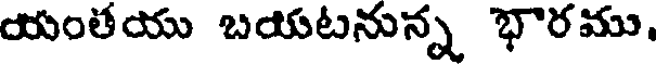
యంతయు బయటనున్న భారము,